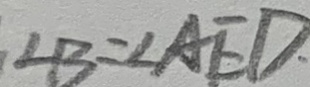
\angle B = \angle A E D